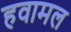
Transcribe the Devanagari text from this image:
हवामल